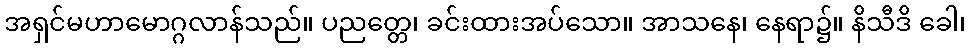
အရှင်မဟာမောဂ္ဂလာန်သည်။ ပညတ္တေ၊ ခင်းထားအပ်သော။ အာသနေ၊ နေရာ၌။ နိသီဒိ ခေါ၊